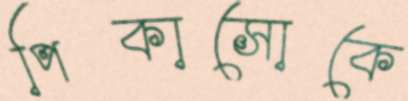
পিকাসোকে